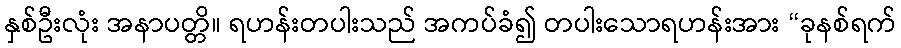
နှစ်ဦးလုံး အနာပတ္တိ။ ရဟန်းတပါးသည် အကပ်ခံ၍ တပါးသောရဟန်းအား “ခုနစ်ရက်